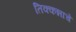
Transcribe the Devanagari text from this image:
तिक्कन्नाचे